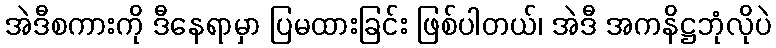
အဲဒီစကားကို ဒီနေရာမှာ ပြမထားခြင်း ဖြစ်ပါတယ်၊ အဲဒီ အကနိဋ္ဌဘုံလိုပဲ